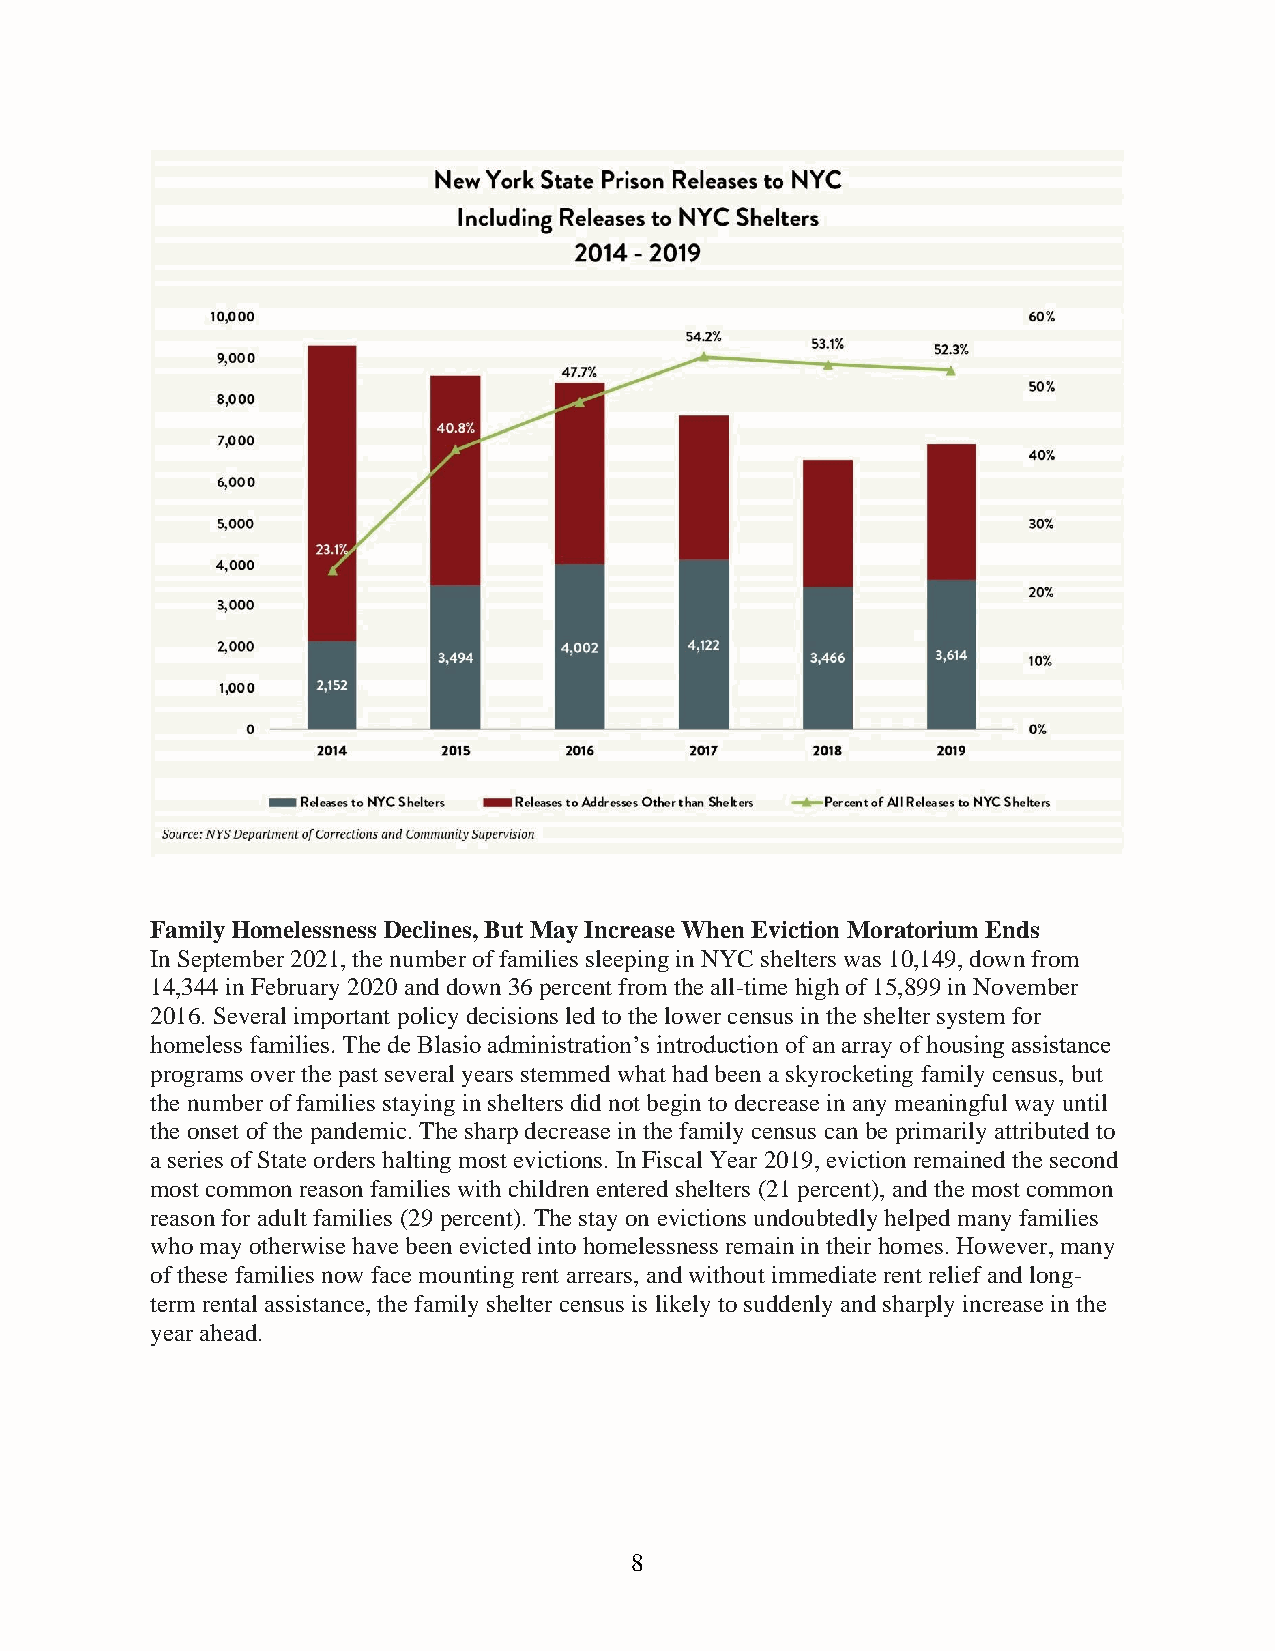
Family Homelessness Declines, But May Increase When Eviction Moratorium Ends
 In September 2021, the number of families sleeping in NYC shelters was 10,149, down from
 14,344 in February 2020 and down 36 percent from the all-time high of 15,899 in November
 2016. Several important policy decisions led to the lower census in the shelter system for
 homeless families. The de Blasio administration’s introduction of an array of housing assistance
 programs over the past several years stemmed what had been a skyrocketing family census, but
 the number of families staying in shelters did not begin to decrease in any meaningful way until
 the onset of the pandemic. The sharp decrease in the family census can be primarily attributed to
 a series of State orders halting most evictions. In Fiscal Year 2019, eviction remained the second
 most common reason families with children entered shelters (21 percent), and the most common
 reason for adult families (29 percent). The stay on evictions undoubtedly helped many families
 who may otherwise have been evicted into homelessness remain in their homes. However, many
 of these families now face mounting rent arrears, and without immediate rent relief and long-
 term rental assistance, the family shelter census is likely to suddenly and sharply increase in the
 year ahead.
 8